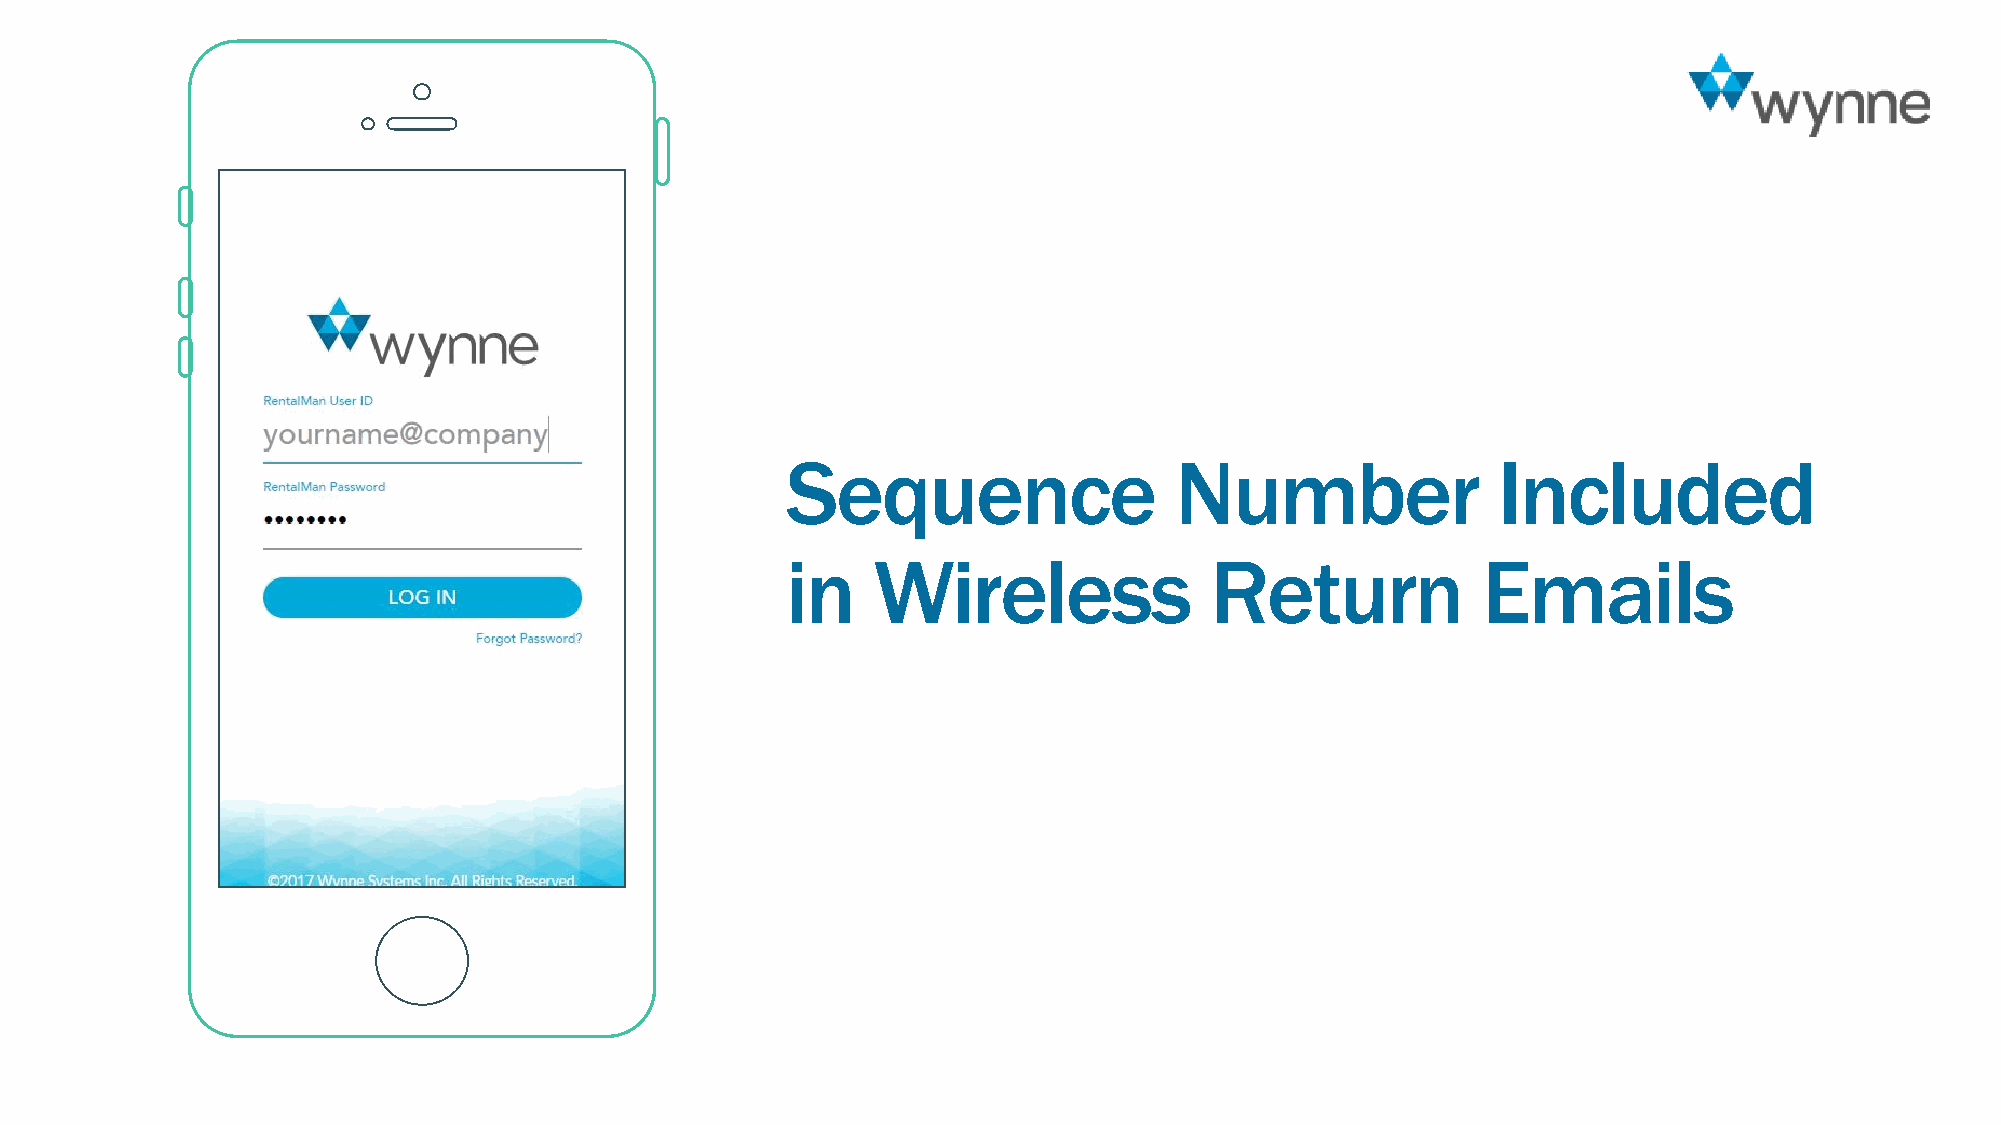
Sequence                  Number               Included
 in    Wireless              Return            Emails
 20